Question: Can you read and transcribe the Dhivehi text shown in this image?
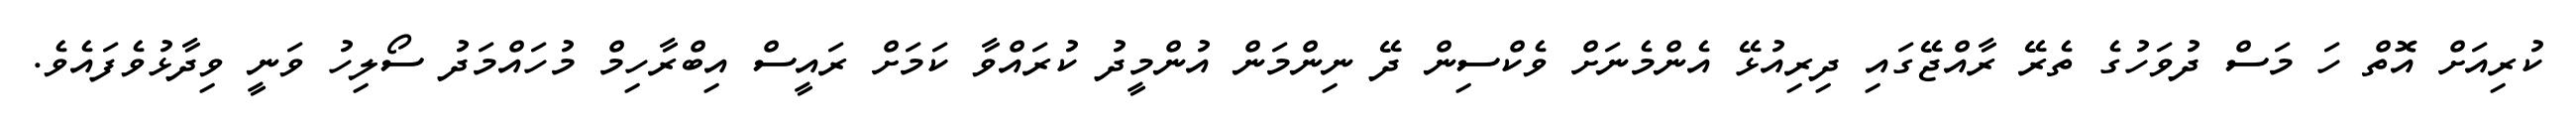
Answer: ކުރިއަށް އޮތް ހަ މަސް ދުވަހުގެ ތެރޭ ރާއްޖޭގައި ދިރިއުޅޭ އެންމެނަށް ވެކްސިން ދޭ ނިންމަން އުންމީދު ކުރައްވާ ކަމަށް ރައީސް އިބްރާހިމް މުހައްމަދު ސޯލިހު ވަނީ ވިދާޅުވެފައެވެ.